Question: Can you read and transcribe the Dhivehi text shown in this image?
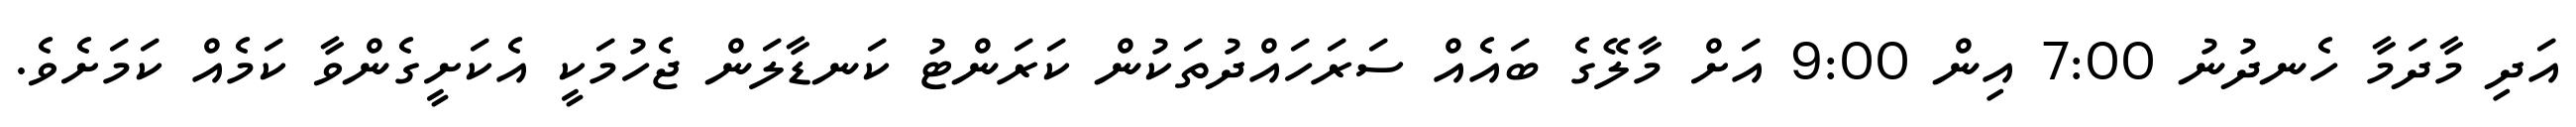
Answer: އަދި މާދަމާ ހެނދުނު 7:00 އިން 9:00 އަށް މާލޭގެ ބައެއް ސަރަހައްދުތަކުން ކަރަންޓު ކަނޑާލަން ޖެހުމަކީ އެކަށީގެންވާ ކަމެއް ކަމަށެވެ.